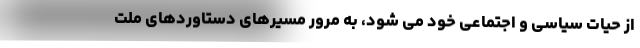
از حیات سیاسی و اجتماعی خود می شود، به مرور مسیرهای دستاوردهای ملت